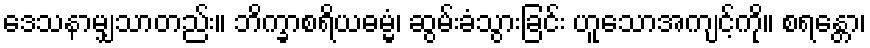
ဒေသနာမျှသာတည်း။ ဘိက္ခာစရိယဓမ္မံ၊ ဆွမ်းခံသွားခြင်း ဟူသောအကျင့်ကို။ စရန္တော၊